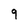
Character: 9